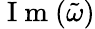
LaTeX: \mathrm{~I~m~}(\tilde{\omega})